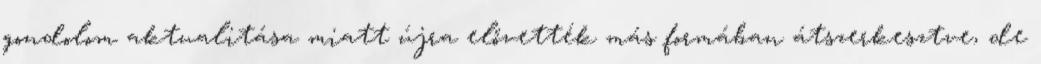
gondolom aktualitása miatt újra elővették más formában átszerkesztve, de